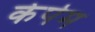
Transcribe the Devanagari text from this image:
केपेम